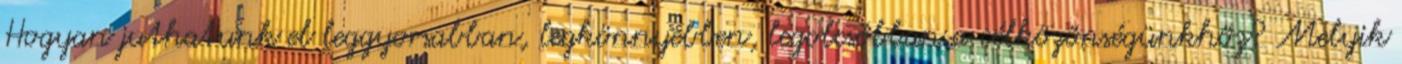
Hogyan juthatunk el leggyorsabban, legkönnyebben, legolcsóbban a célközönségünkhöz? Melyik